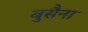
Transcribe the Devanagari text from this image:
बुसैना